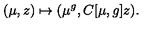
( \mu , z ) \mapsto ( \mu ^ { g } , C [ \mu , g ] z ) .